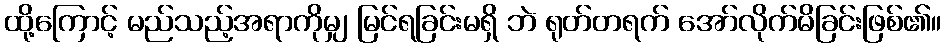
ထို့ကြောင့် မည်သည့်အရာကိုမျှ မြင်ရခြင်းမရှိ ဘဲ ရုတ်တရက် အော်လိုက်မိခြင်းဖြစ်၏။